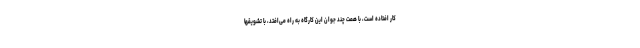
کار افتاده است، با همّت چند جوان این کارگاه به راه می‌افتد، با تشویقها